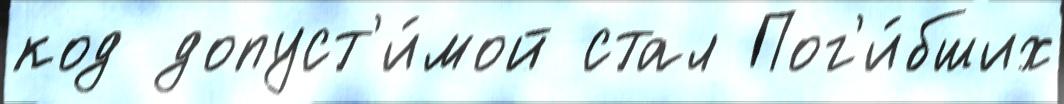
код допуст'и́мой стал Пог'и́бших